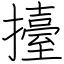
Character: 擡